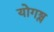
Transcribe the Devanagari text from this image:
योगश्ल